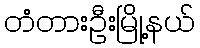
တံတားဦးမြို့နယ်